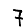
Digit: 7